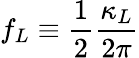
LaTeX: f_{L}\equiv\frac{1}{2}\frac{\kappa_{L}}{2\pi}